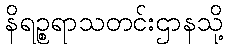
နိရဉ္စရာသတင်းဌာနသို့